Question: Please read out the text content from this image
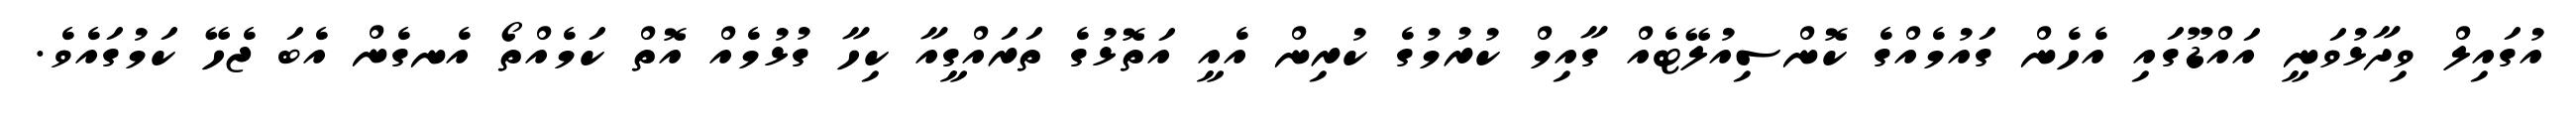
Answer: އުގައިލް ވިދާޅުވަނީ އައްޑޫގައި އެހެން ގައުމެއްގެ ކޮންސިއުލޭޓެއް ގާއިމް ކުރުމުގެ ކުރިން އެއީ އަތޮޅުގެ ތަރައްގީއާ ކިހާ ގުޅުމެއް އޮތް ކަމެއްތޯ އެނގެން އެބަ ޖެހޭ ކަމުގައެވެ.